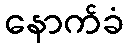
နောက်ခံ